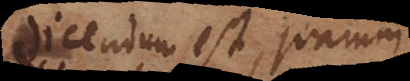
dicendum est, quarum